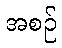
အစဉ်